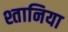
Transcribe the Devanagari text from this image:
श्तानिया